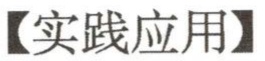
【实践应用】